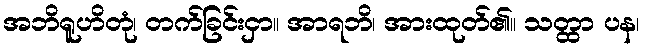
အဘိရူဟိတုံ၊ တက်ခြင်းငှာ။ အာရဘိ၊ အားထုတ်၏။ သတ္ထာ ပန၊